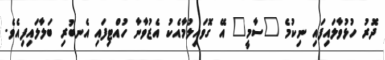
ދޮރު ހުޅުވާލައިފައި ނިކުމެ "ސާމީ" އޭ ގޮވައިލުމާއެކު އެޒުވާނާ ހުއްޓިފައި އެނބުރި ބަލާލައިފިއެވެ.